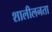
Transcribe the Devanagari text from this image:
शालीलनता